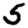
Digit: 5